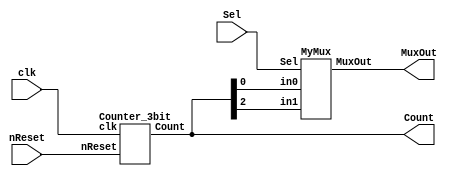
module barbar_extra 
(
clk, nReset,Sel,MuxOut,Count
);
	input clk, nReset,Sel;
	output [2:0] Count;
	output MuxOut;
	//output reg MuxOut_reg; 
	//output reg Operand_1,Operand_2;


	Counter_3bit Mycounter(clk,nReset,Count);

	//always @(posedge clk)
	//begin
		//Operand_1 <= Count[0];
		//Operand_2 <= Count[2];
	//end


	MyMux Mux1(Count[0],Count[2],Sel,MuxOut); 

	//always @(posedge clk)
	//begin
		//MuxOut_reg <= MuxOut;
	//end
	
endmodule 

// Counter Module
module Counter_3bit(clk,nReset,Count);

	input clk,nReset;
	reg [2:0] counter;
	output [2:0] Count;

	always @(posedge clk or negedge nReset)
	begin
		if (nReset == 1'b0)
			counter <= 3'b0;
		else
			counter <= counter + 3'b1;
	end	

	assign Count = counter;

endmodule 

// Multiplexer Module
module MyMux(in0, in1,Sel, MuxOut);

	input in0, in1, Sel;
	output MuxOut;

	assign MuxOut = (Sel == 1'b0) ? in0 & in1 : in0 ^ in1;

endmodule